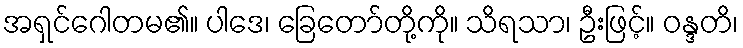
အရှင်ဂေါတမ၏။ ပါဒေ၊ ခြေတော်တို့ကို။ သိရသာ၊ ဦးဖြင့်။ ဝန္ဒတိ၊